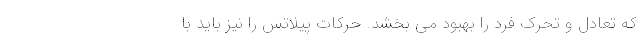
که تعادل و تحرک فرد را بهبود می بخشد. حرکات پیلاتس را نیز باید با